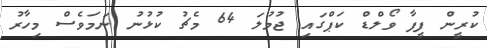
ކުރީން ފީފާ ވޯލްޑް ކަޕްގައި ޖުމުލަ 64 މެޗު ކުޅުނު ނަމަވެސް މިހާރު